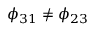
\phi _ { 3 1 } \neq \phi _ { 2 3 }